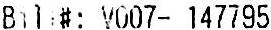
BILL#: V007- 147795